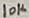
Text: 10K